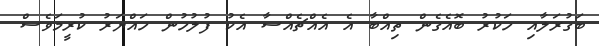
ބަގުރަލާއި ހަކުރު ބޮއެގެން ތިއްބާ އެ އެއްޗެއްސާ އެކު ފުލުހުން ހައްޔަރު ކުރީމަވެސް